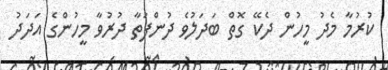
ކުރުމާ މެދު މީހުން ދެކޭ ގޮތް ބަދަލުވެ ދުންފަތާ ދުރުވާ މީހުންގެ އަދަދު